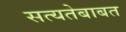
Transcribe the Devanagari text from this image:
सत्यतेबाबत